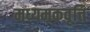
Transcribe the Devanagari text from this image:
मध्यमकवृत्ति